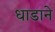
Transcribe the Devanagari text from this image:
धाडाने